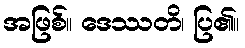
အဖြစ်။ ဒေဿတိ၊ ပြ၏။